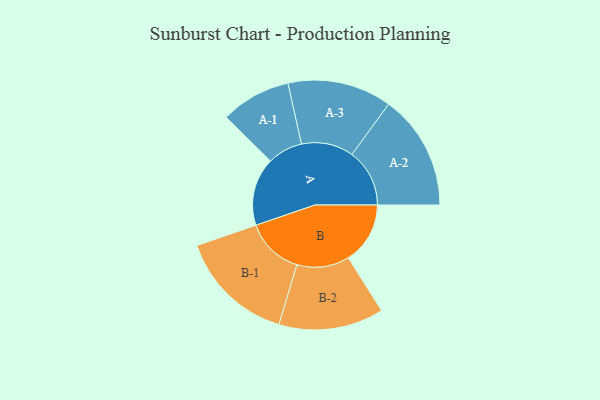
{"axis": {"x": "Segment", "y": "Value"}, "legend": ["", "A", "B"], "data": [{"x": "A", "y": 329, "type": ""}, {"x": "B", "y": 299, "type": ""}, {"x": "A-1", "y": 170, "type": "A"}, {"x": "A-2", "y": 279, "type": "A"}, {"x": "A-3", "y": 252, "type": "A"}, {"x": "B-1", "y": 281, "type": "B"}, {"x": "B-2", "y": 254, "type": "B"}]}